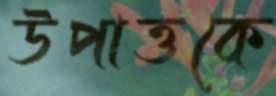
উপাত্তকে